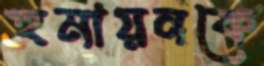
হুমায়নকে